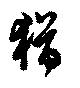
猶